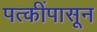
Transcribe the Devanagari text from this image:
पत्कींपासून